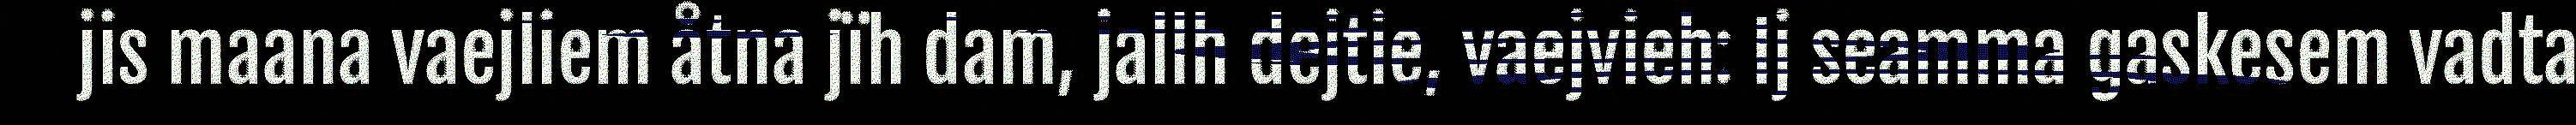
jis maana vaejliem åtna jïh dam, jallh dejtie, vaejvieh: Ij seamma gaskesem vadta